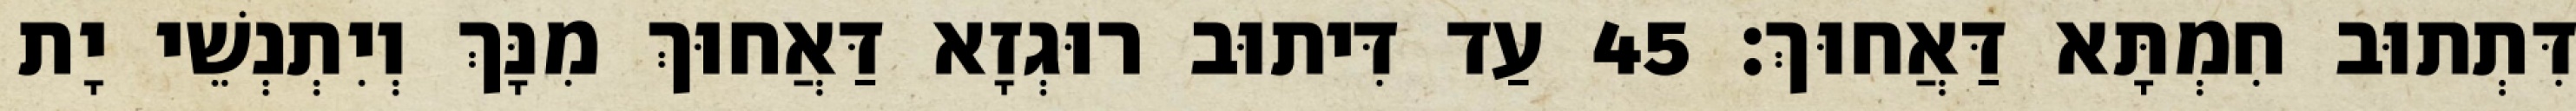
דִּתְתוּב חִמְתָּא דַּאֲחוּךְ׃ 45 עַד דִּיתוּב רוּגְזָא דַּאֲחוּךְ מִנָּךְ וְיִתְנְשֵׁי יָת